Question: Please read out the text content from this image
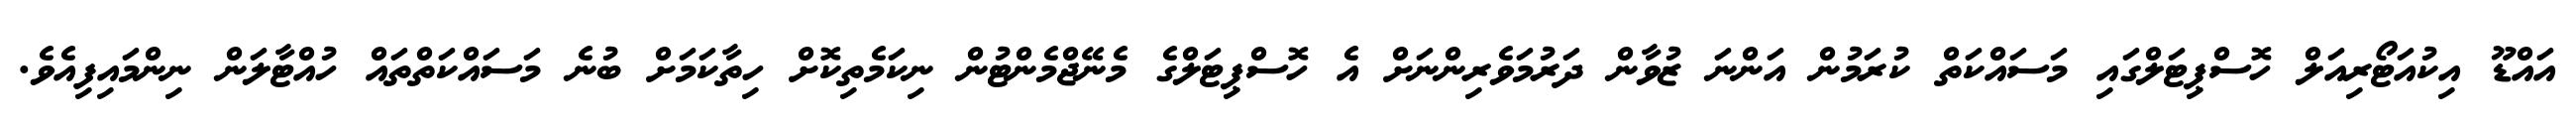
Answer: އައްޑޫ އިކުއަޓޯރިއަލް ހޮސްޕިޓަލްގައި މަސައްކަތް ކުރަމުން އަންނަ ޒުވާން ދަރުމަވެރިންނަށް އެ ހޮސްޕިޓަލްގެ މެނޭޖްމެންޓުން ނިކަމެތިކޮށް ހިތާކަމަށް ބުނެ މަސައްކަތްތައް ހުއްޓާލަން ނިންމައިފިއެވެ.